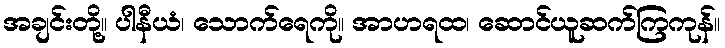
အချင်းတို့။ ပါနီယံ၊ သောက်ရေကို။ အာဟရထ၊ ဆောင်ယူဆက်ကြကုန်။